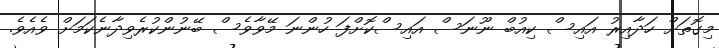
މިގޮތަށް ހަދާއިރު އައިސް ކިއުބް ނޫނަސް އައިސްކޮށްފަ ހުންނަ މޭވާވެސް ބޭނުންކުރެވިދާނެކަމަށް ވެއެވެ.